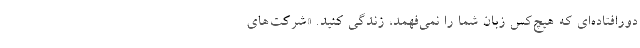
دورافتاده‌ای که هیچ‌کس زبان شما را نمی‌فهمد، زندگی کنید. «شرکت‌های